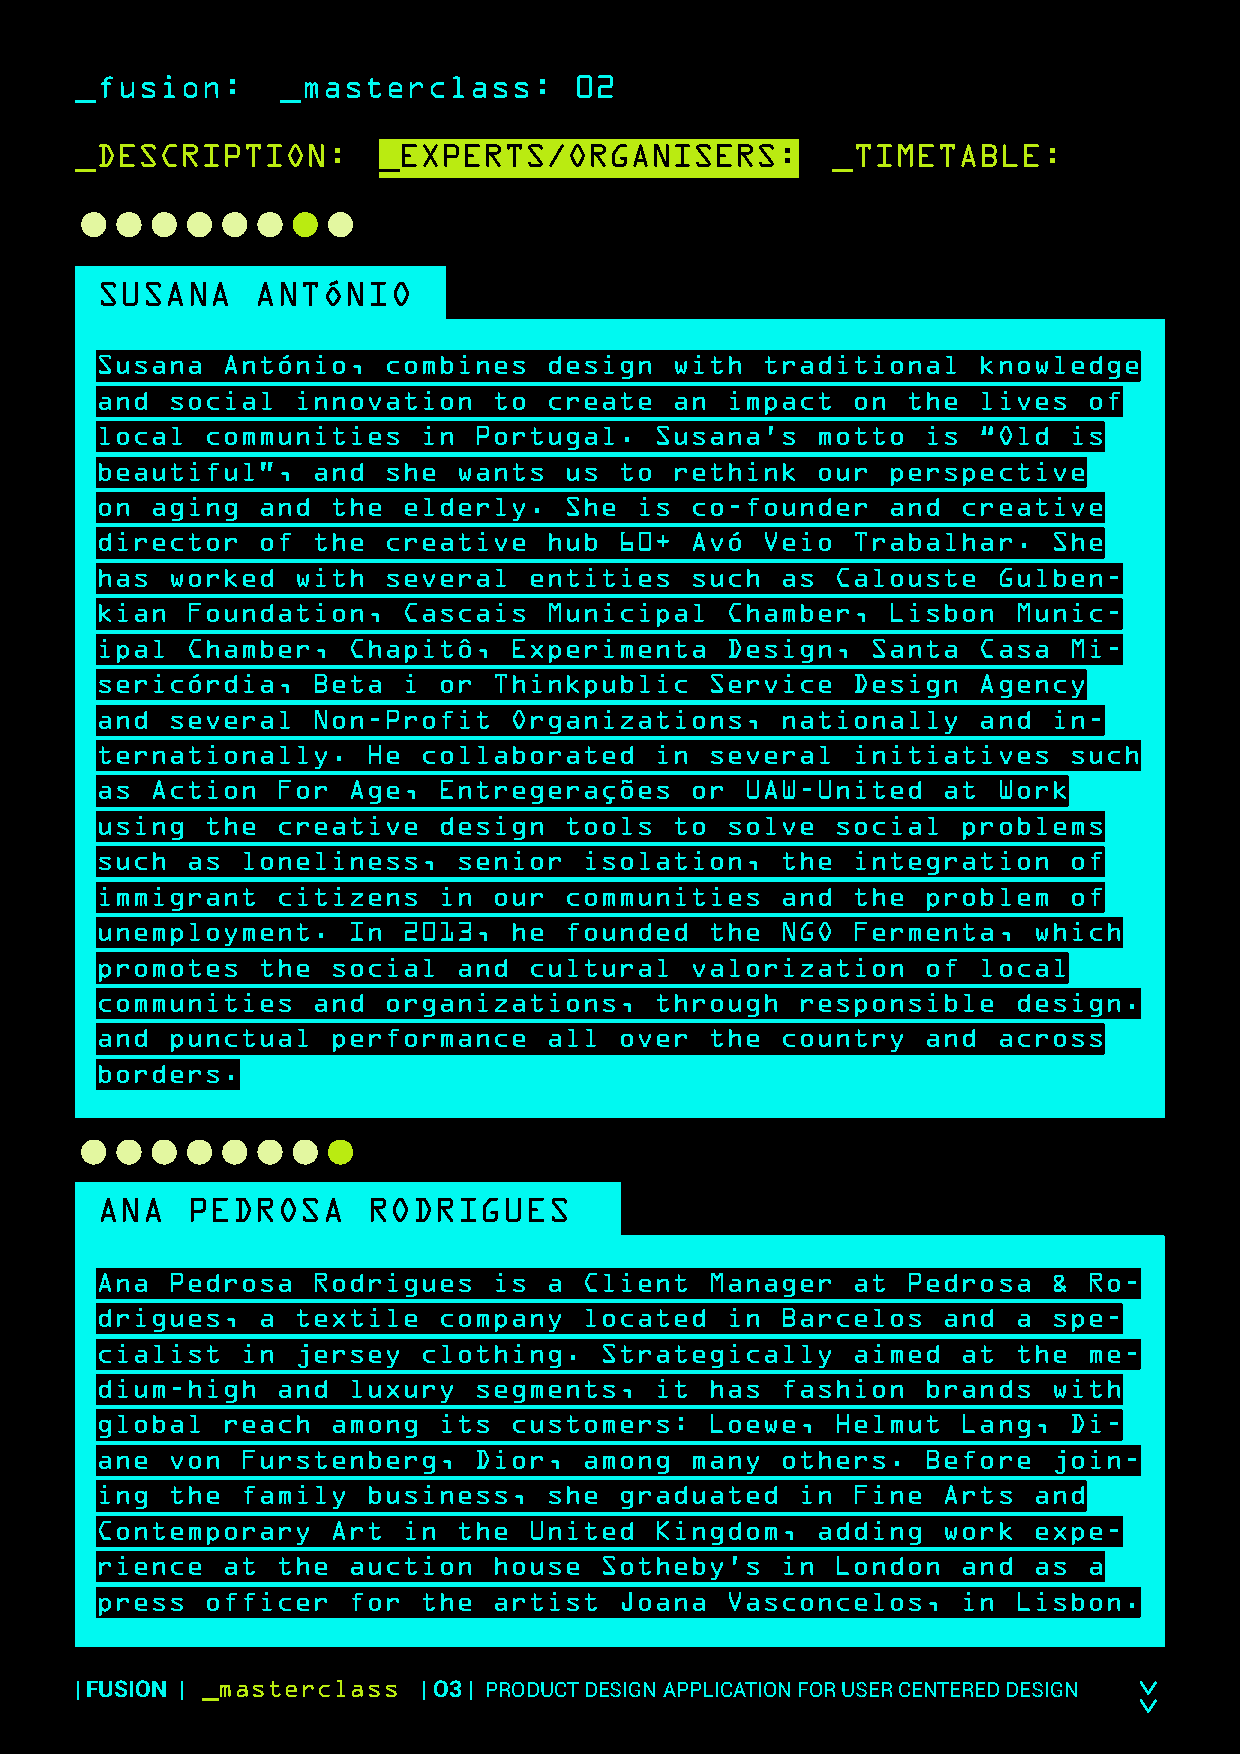
_fusion:      _masterclass:      02
 _DESCRIPTION:       _EXPERTS/ORGANISERS:          _TIMETABLE:
 ●●●●●●●●
 SUSANA     ANTÓNIO
 Susana   António,  combines   design  with  traditional    knowledge
 and  social  innovation    to create  an  impact  on  the  lives  of
 local  communities    in Portugal.   Susana’s   motto  is  “Old  is
 beautiful”,    and she  wants  us  to rethink   our  perspective
 on  aging  and  the  elderly.  She  is  co-founder   and  creative
 director   of  the creative   hub  60+  Avó Veio  Trabalhar.    She
 has  worked  with  several   entities   such  as Calouste   Gulben-
 kian  Foundation,    Cascais  Municipal   Chamber,   Lisbon  Munic-
 ipal  Chamber,   Chapitô,   Experimenta   Design,   Santa  Casa  Mi-
 sericórdia,    Beta  i or  Thinkpublic   Service  Design   Agency
 and  several   Non-Profit   Organizations,    nationally   and  in-
 ternationally.    He  collaborated   in  several  initiatives    such
 as  Action  For  Age,  Entregerações    or UAW-United   at  Work
 using  the  creative   design  tools  to  solve  social   problems
 such  as  loneliness,   senior   isolation,   the integration    of
 immigrant   citizens   in  our communities    and the  problem   of
 unemployment.    In  2013,  he founded   the  NGO Fermenta,   which
 promotes   the  social  and  cultural   valorization   of  local
 communities    and organizations,    through   responsible   design.
 and  punctual   performance   all  over  the  country  and  across
 borders.
 ●●●●●●●●
 ANA   PEDROSA     RODRIGUES
 Ana  Pedrosa   Rodrigues   is a  Client  Manager  at  Pedrosa   & Ro-
 drigues,   a textile   company   located  in  Barcelos  and  a  spe-
 cialist   in jersey   clothing.   Strategically   aimed   at the  me-
 dium-high   and  luxury  segments,   it  has  fashion  brands   with
 global   reach  among  its  customers:   Loewe,  Helmut   Lang,  Di-
 ane  von  Furstenberg,   Dior,   among  many  others.  Before   join-
 ing  the  family  business,   she  graduated   in Fine  Arts  and
 Contemporary    Art  in the  United  Kingdom,   adding  work  expe-
 rience   at the  auction   house  Sotheby’s   in London   and as  a
 press  officer   for  the  artist  Joana  Vasconcelos,    in Lisbon.
 | FUSION | _masterclass | O3 | PRODUCT DESIGN APPLICATION FOR USER CENTERED DESIGN >>